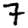
Digit: 7